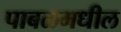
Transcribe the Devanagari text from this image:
पाबळमधील